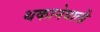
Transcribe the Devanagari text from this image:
थकानेवाली